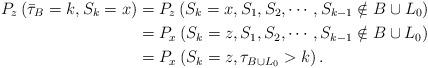
LaTeX: \begin{align*}P_z\left(\bar \tau_{B}=k, S_k=x\right)&=P_z\left(S_k=x, S_1,S_2,\cdots, S_{k-1}\notin B\cup L_0\right)\\&=P_{x}\left(S_k=z, S_1,S_2,\cdots, S_{k-1}\notin B\cup L_0\right)\\&=P_{x}\left(S_k=z, \tau_{B\cup L_0}>k\right).\end{align*}